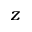
z